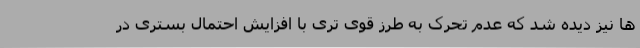
ها نیز دیده شد که عدم تحرک به طرز قوی تری با افزایش احتمال بستری در